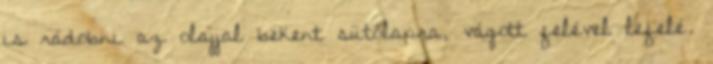
is rádobni az olajjal bekent sütőlapra, vágott felével lefelé.